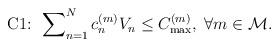
LaTeX: \begin{align*}\begin{aligned}\textrm{C1: } & \sum\nolimits_{n=1}^{N}c_{n}^{(m)}V_{n}\le C_{\max}^{(m)},\;\forall m \in \mathcal{M}.\end{aligned}\end{align*}